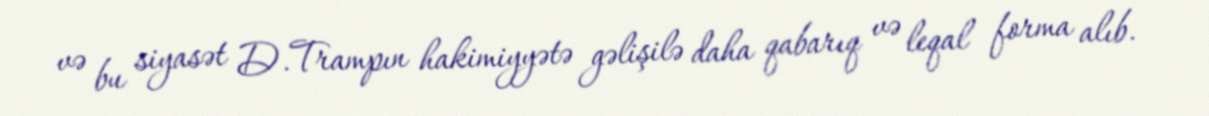
və bu siyasət D.Trampın hakimiyyətə gəlişilə daha qabarıq və leqal forma alıb.